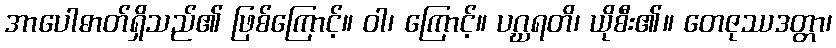
အာပေါဓာတ်ရှိသည်၏ ဖြစ်ကြောင့်။ ဝါ၊ ကြောင့်။ ပဂ္ဃရတိ၊ ယိုစီး၏။ တေဇုဿဒတ္တာ၊